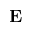
\mathbf { E }